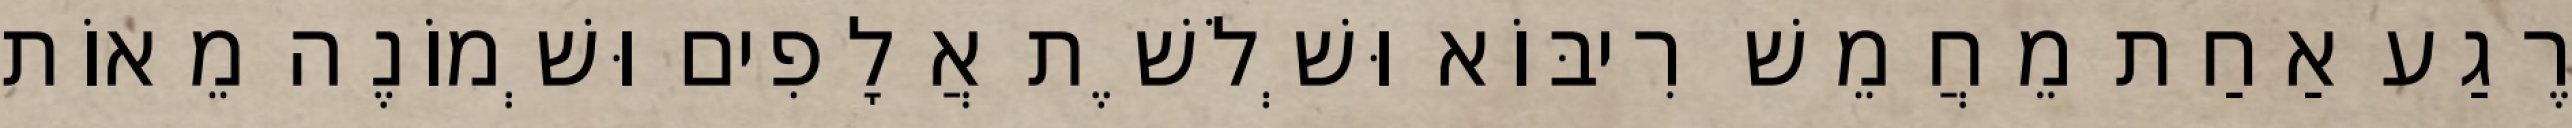
רֶגַע אַחַת מֵחֲמֵשׁ רִיבּוֹא וּשְׁלֹשֶׁת אֲלָפִים וּשְׁמוֹנֶה מֵאוֹת